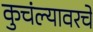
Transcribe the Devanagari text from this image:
कुचंल्यावरचे